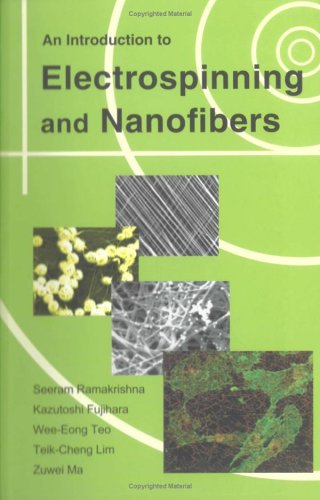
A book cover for An Introduction to Electrospinning and Nanofibers; Seeram Ramakrishna; Science & Math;